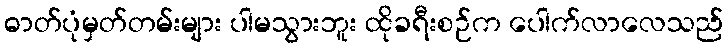
ဓာတ်ပုံမှတ်တမ်းများ ပါမသွားဘူး ထိုခရီးစဉ်က ပေါက်လာလေသည်